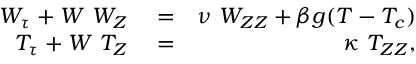
\begin{array} { r l r } { W _ { \tau } + W \ W _ { Z } } & { { } = } & { \nu \ W _ { Z Z } + \beta g ( T - T _ { c } ) } \\ { T _ { \tau } + W \ T _ { Z } } & { { } = } & { \kappa \ T _ { Z Z } , } \end{array}